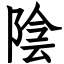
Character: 陰